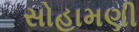
સોહામણી